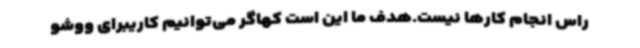
راس انجام کارها نیست.هدف ما این است کهاگر می‌توانیم کاریبرای ووشو